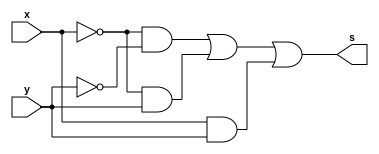
// ---------------------
// TRUTH TABLE
// Nome: marcos antonio lommez Candido Ribeiro
// 27/08/2022
// ---------------------
// ---------------------
// -- expression f(x,y) = 1 1 0 1
// ---------------------

module SoP (output s, input x, y); // mintermos
    assign s = (~x & ~y) | // m0
               (~x & y ) | // m1
               ( x & y ) ; // m3
endmodule // SoP

module PoS (output S, input X, Y); // maxtermos
    assign S = (~X | Y) ; // M2
endmodule // PoS

// ---------------------
// -- test_module
// ---------------------
module test_module;
    reg x, y;
    wire s1, s2;

    // instancias
    SoP SOP1 (s1, x, y);
    PoS POS1 (s2, x, y);
    
    // valores iniciais
    initial 
        begin: start
            x=1'bx; // indefinidos
            y=1'bx; // indefinidos
        end

    // parte principal
    initial 
        begin: main
            // identificacao
            $display("Ex05a - Marcos Antonio Lommez - 771157");
            $display(" f(x,y) = 1 1 0 1 ");

            // monitoramento
            $display(" x | y ->   SoP  PoS");
            $monitor("%2b |%2b =    %2b   %2b", x, y, s1, s2);
            
            // sinalizacao
            #1 x=0; y=0;
            #1 x=0; y=1;
            #1 x=1; y=0;
            #1 x=1; y=1;
        end
endmodule // test_module